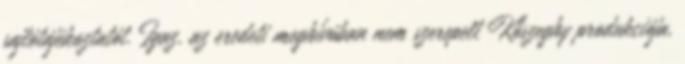
sajtótájékoztatót. Igaz, az eredeti meghívóban nem szerepelt Kőszeghy produkciója,